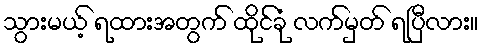
သွားမယ့် ရထားအတွက် ထိုင်ခုံ လက်မှတ် ရပြီလား။